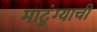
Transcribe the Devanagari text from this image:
माटुंग्याची